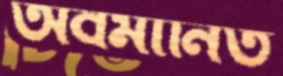
অবমানিত